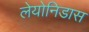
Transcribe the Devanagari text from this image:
लेयोनिडास